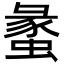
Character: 䗍